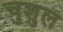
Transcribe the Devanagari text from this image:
चुशुल